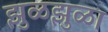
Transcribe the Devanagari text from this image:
झुळझुळा